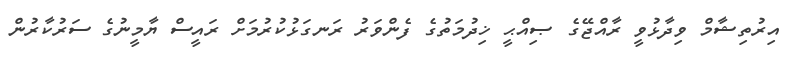
އިރުތިޝާމް ވިދާޅުވީ ރާއްޖޭގެ ޞިއްޙީ ޚިދުމަތުގެ ފެންވަރު ރަނގަޅުކުރުމަށް ރައީސް ޔާމީނުގެ ސަރުކާރުން